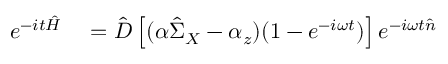
\begin{array} { r l } { e ^ { - i t \hat { H } } } & { { } = \hat { D } \left[ ( \alpha \hat { \Sigma } _ { X } - \alpha _ { z } ) ( 1 - e ^ { - i \omega t } ) \right] e ^ { - i \omega t \hat { n } } } \end{array}